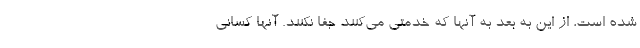
شده است، از این به بعد به آنها که خدمتی می‌کنند جفا نکنند. آنها کسانی